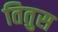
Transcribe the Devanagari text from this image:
तितुस